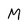
Character: M